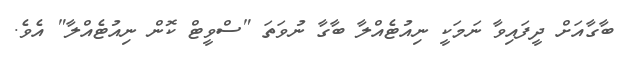
ބާގާއަށް ދީފައިވާ ނަމަކީ ނިއުޓެއްލާ ބާގާ ނުވަތަ "ސްވީޓް ކޮން ނިއުޓެއްލާ" އެވެ.